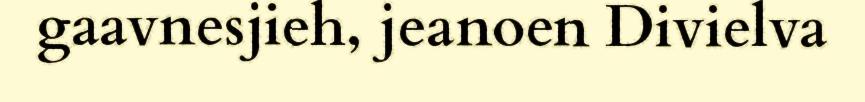
gaavnesjieh, jeanoen Divielva